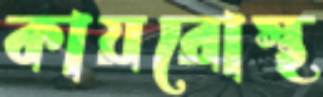
কায়রোস্থ